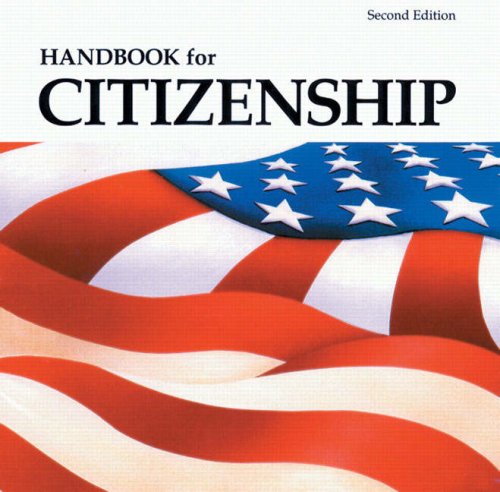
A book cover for Handbook For Citizenship (2nd Edition); Margaret Seely; Test Preparation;